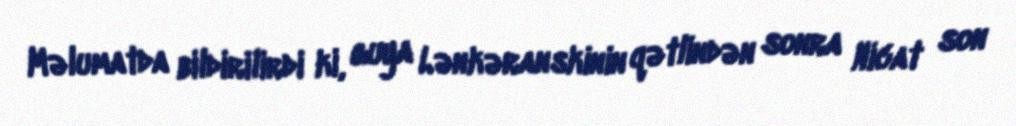
Məlumatda bildirilirdi ki, guya Lənkəranskinin qətlindən sonra Nicat son